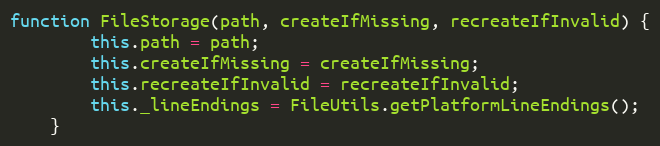
Language: JavaScript
function FileStorage(path, createIfMissing, recreateIfInvalid) {
        this.path = path;
        this.createIfMissing = createIfMissing;
        this.recreateIfInvalid = recreateIfInvalid;
        this._lineEndings = FileUtils.getPlatformLineEndings();
    }